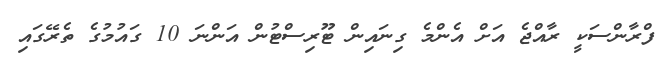
ފްރާންސަކީ ރާއްޖެ އަށް އެންމެ ގިނައިން ޓޫރިސްޓުން އަންނަ 10 ގައުމުގެ ތެރޭގައި